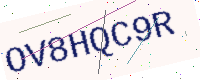
Text: OV8HQC9R